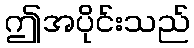
ဤအပိုင်းသည်